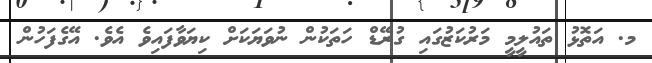
މ. އަތޮޅު ތައުލީމީ މަރުކަޒުގައި ގުރޭޑް ހަތަކުން ނުވަޔަކަށް ކިޔަވާފައިވެ އެވެ. އޭގެފަހުން